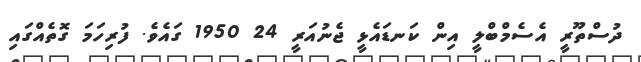
ދުސްތޫރީ އެސެމްބްލީ އިން ކަނޑައެޅީ ޖެނުއަރީ 24 1950 ގައެވެ. ފުރިހަމަ ގޮތެއްގައި